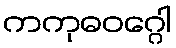
ကကုဓဝဂ္ဂေါ